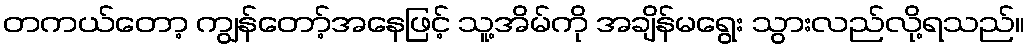
တကယ်တော့ ကျွန်တော့်အနေဖြင့် သူ့အိမ်ကို အချိန်မရွေး သွားလည်လို့ရသည်။